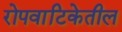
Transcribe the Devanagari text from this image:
रोपवाटिकेतील